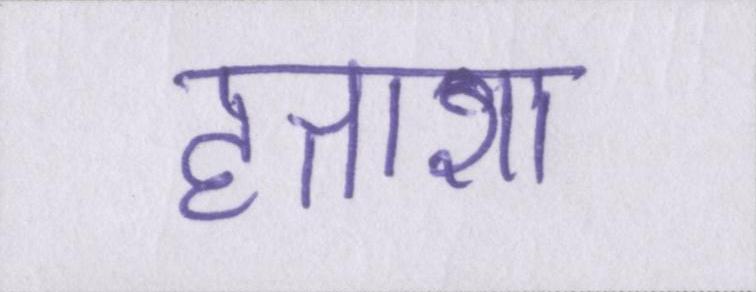
हताशा